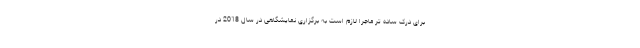
برای درک ساده تر ماجرا لازم است به برگزاری نمایشگاهی در سال 2018 در